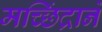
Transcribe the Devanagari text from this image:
मच्छिंद्राने